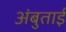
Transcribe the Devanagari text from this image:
अंबुताई